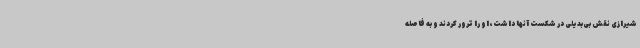
شیرازی نقش بی‌بدیلی در شکست آنها داشت، او را ترور کردند و به فاصله